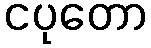
ငပုတော